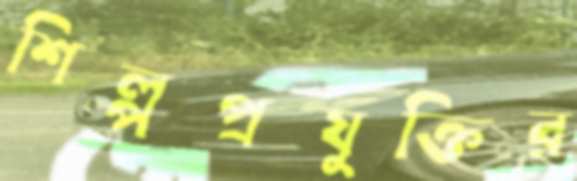
শিল্পপ্রযুক্তির